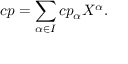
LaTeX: c p = \sum _ { \alpha \in I } c p _ { \alpha } X ^ { \alpha } .